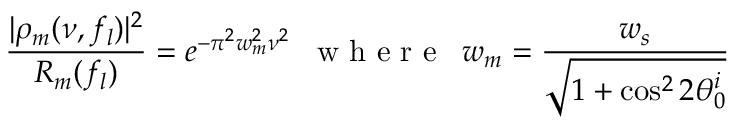
\frac { | \rho _ { m } ( \nu , f _ { l } ) | ^ { 2 } } { R _ { m } ( f _ { l } ) } = e ^ { - \pi ^ { 2 } w _ { m } ^ { 2 } \nu ^ { 2 } } \enskip \mathrm { ~ w ~ h ~ e ~ r ~ e ~ } \enskip w _ { m } = \frac { w _ { s } } { \sqrt { 1 + \cos ^ { 2 } 2 \theta _ { 0 } ^ { i } } }